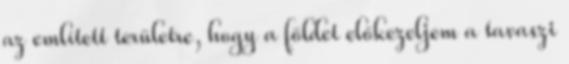
az említett területre, hogy a földet előkezeljem a tavaszi